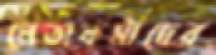
নেতাকর্মীদের